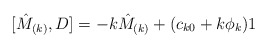
\begin{align*}\lbrack \hat{M}_{(k)},D]=-k\hat{M}_{(k)}+(c_{k0}+k\phi _{k})1\end{align*}